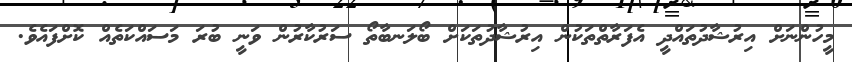
މީހުންނަށް އިރުޝާދުތައްދީ އެފަރާތްތަކުން އިރުޝާދުތަކަށް ބޯލަނބާތޯ ސަރުކާރުން ވަނީ ބުރަ މަސައްކަތެއް ކޮށްފައެވެ.